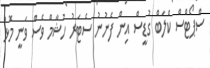
ސްޕޯޓްސް ކްލަބް ގުޑީސް އިން ފެނުނު ސެޓަރު ހުޝާމް ވެސް ވަނީ މޮޅު